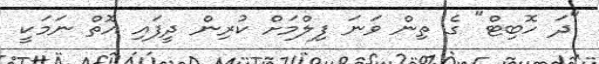
"ދަ ހޮބިޓް" ގެ ތިން ވަނަ ފިލްމަށް ކުރިން ދީފައި އޮތް ނަމަކީ